Bréfritari: Sigríður Pálsdóttir
Viðtakandi: Páll Pálsson
Dagsetning: A-1864-04-19
Skrifað á: Breiðabólsstað  Rang.
Páll var bróðir Sigríðar

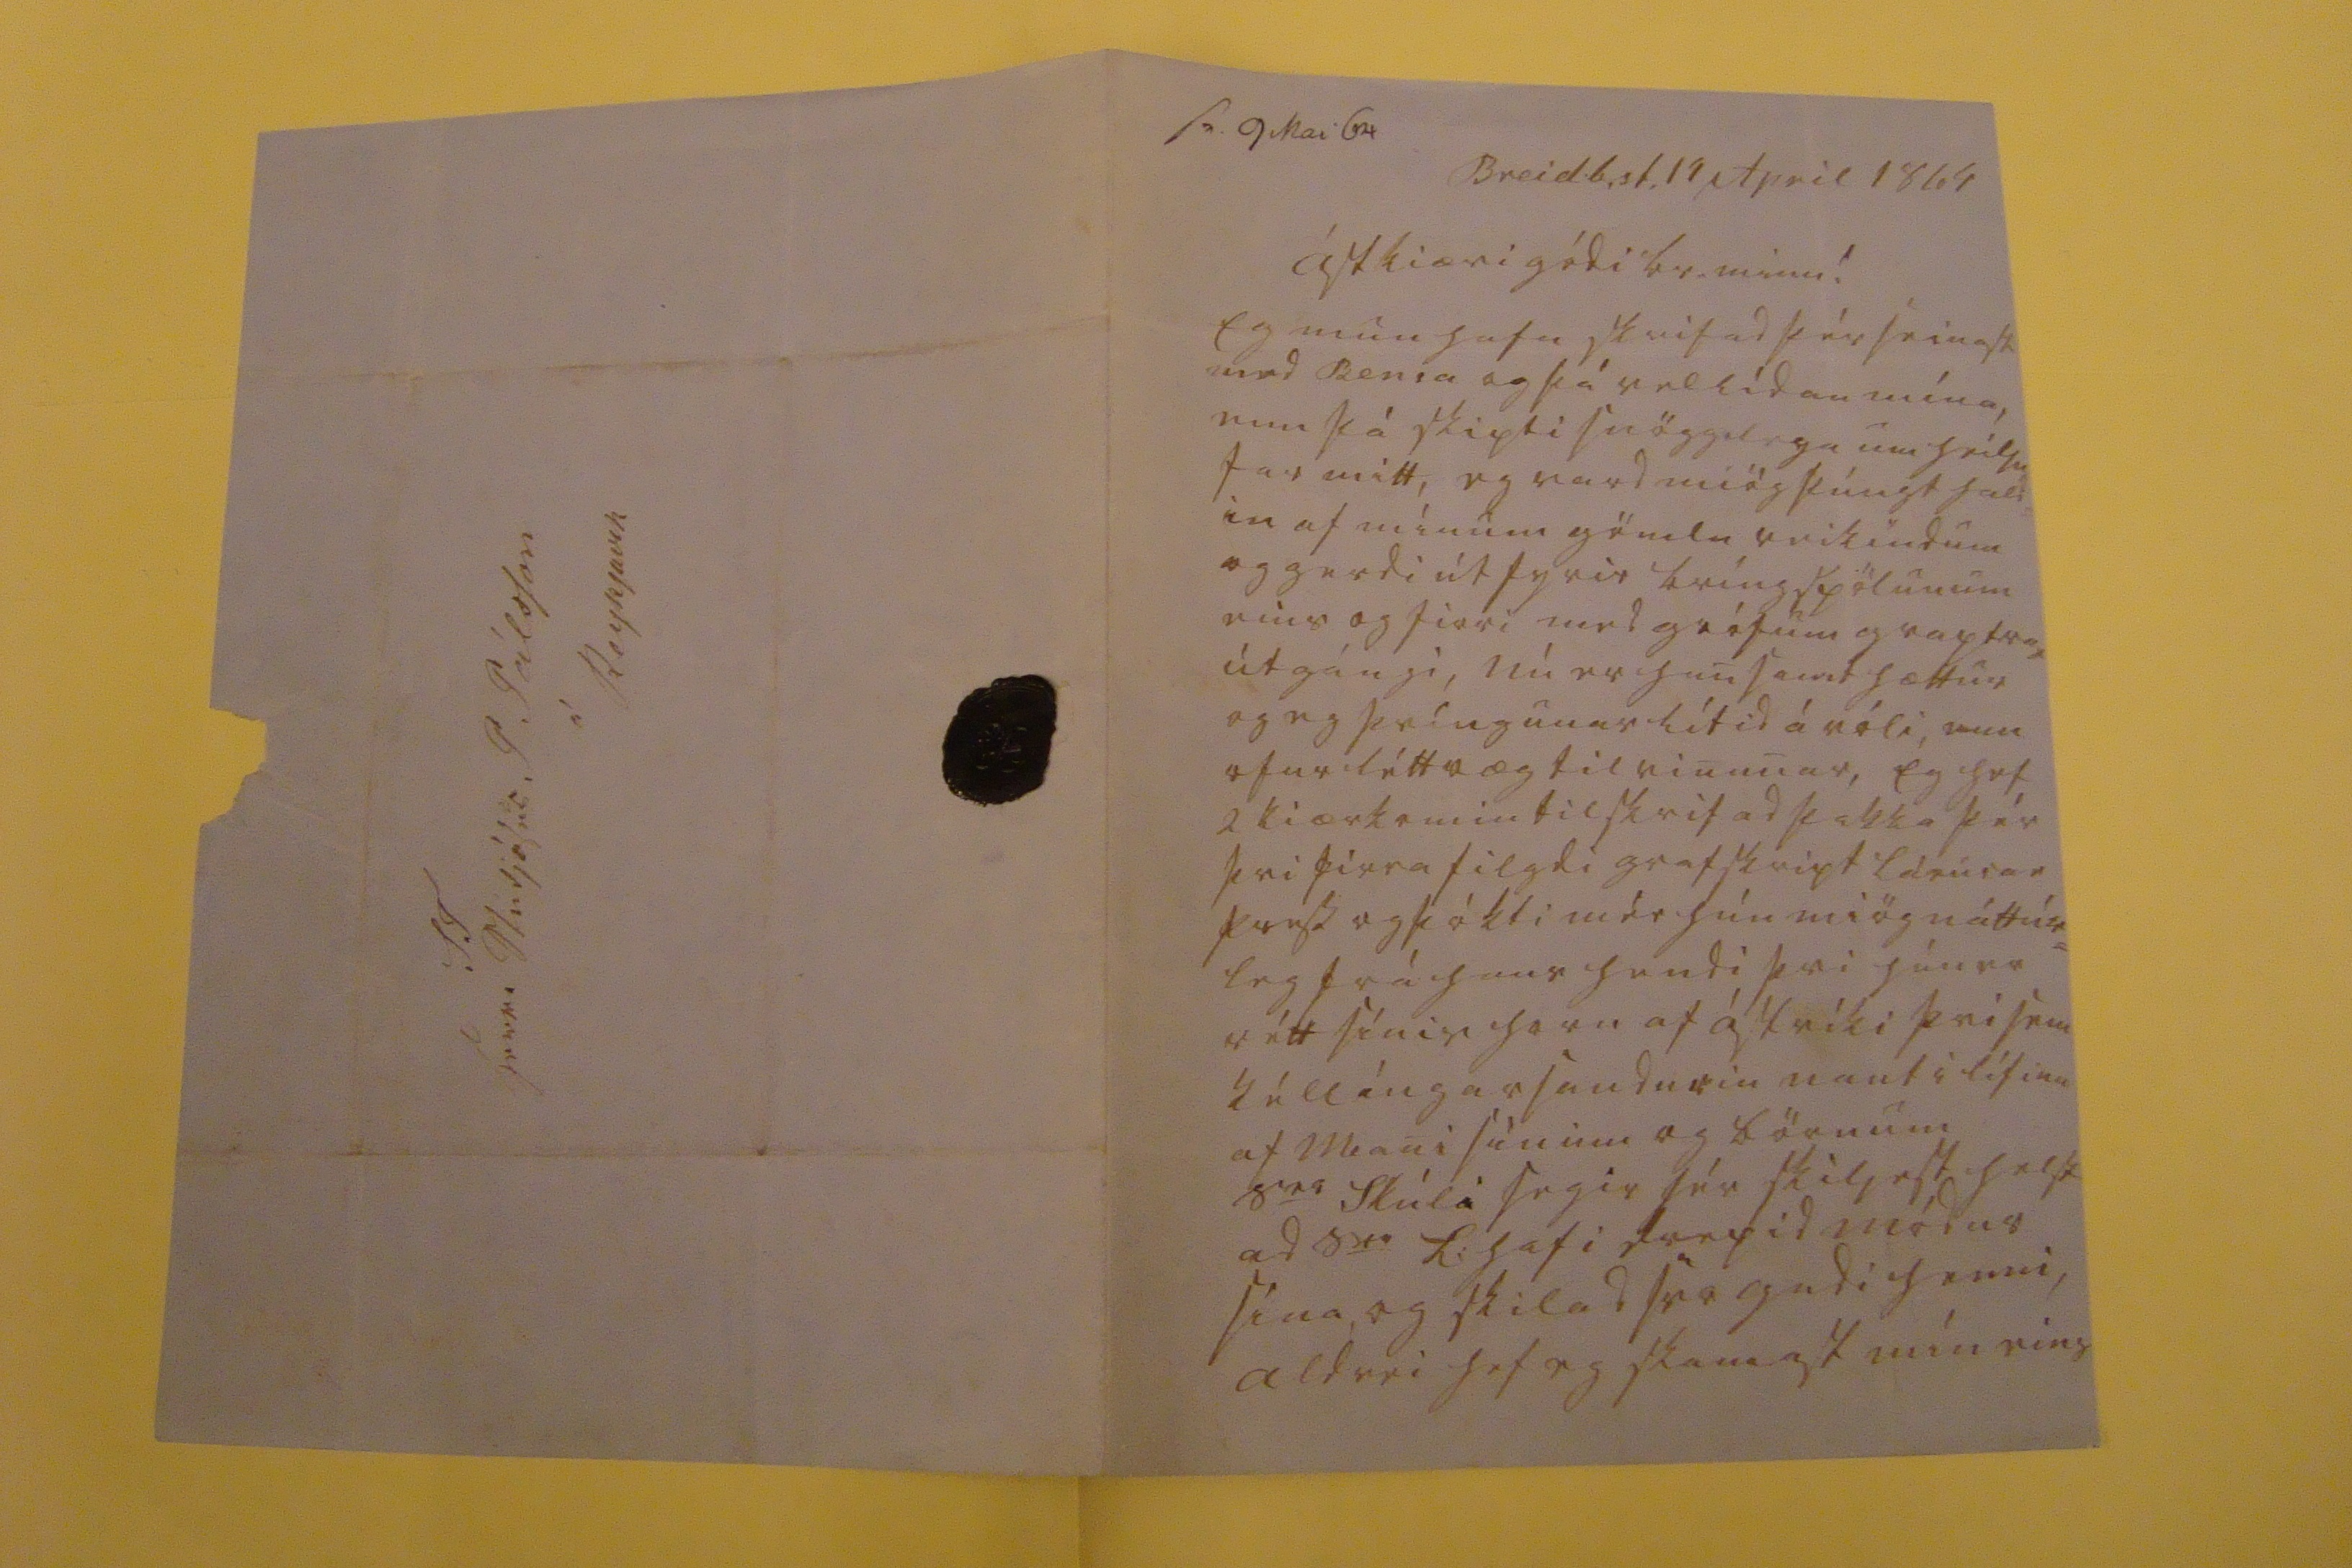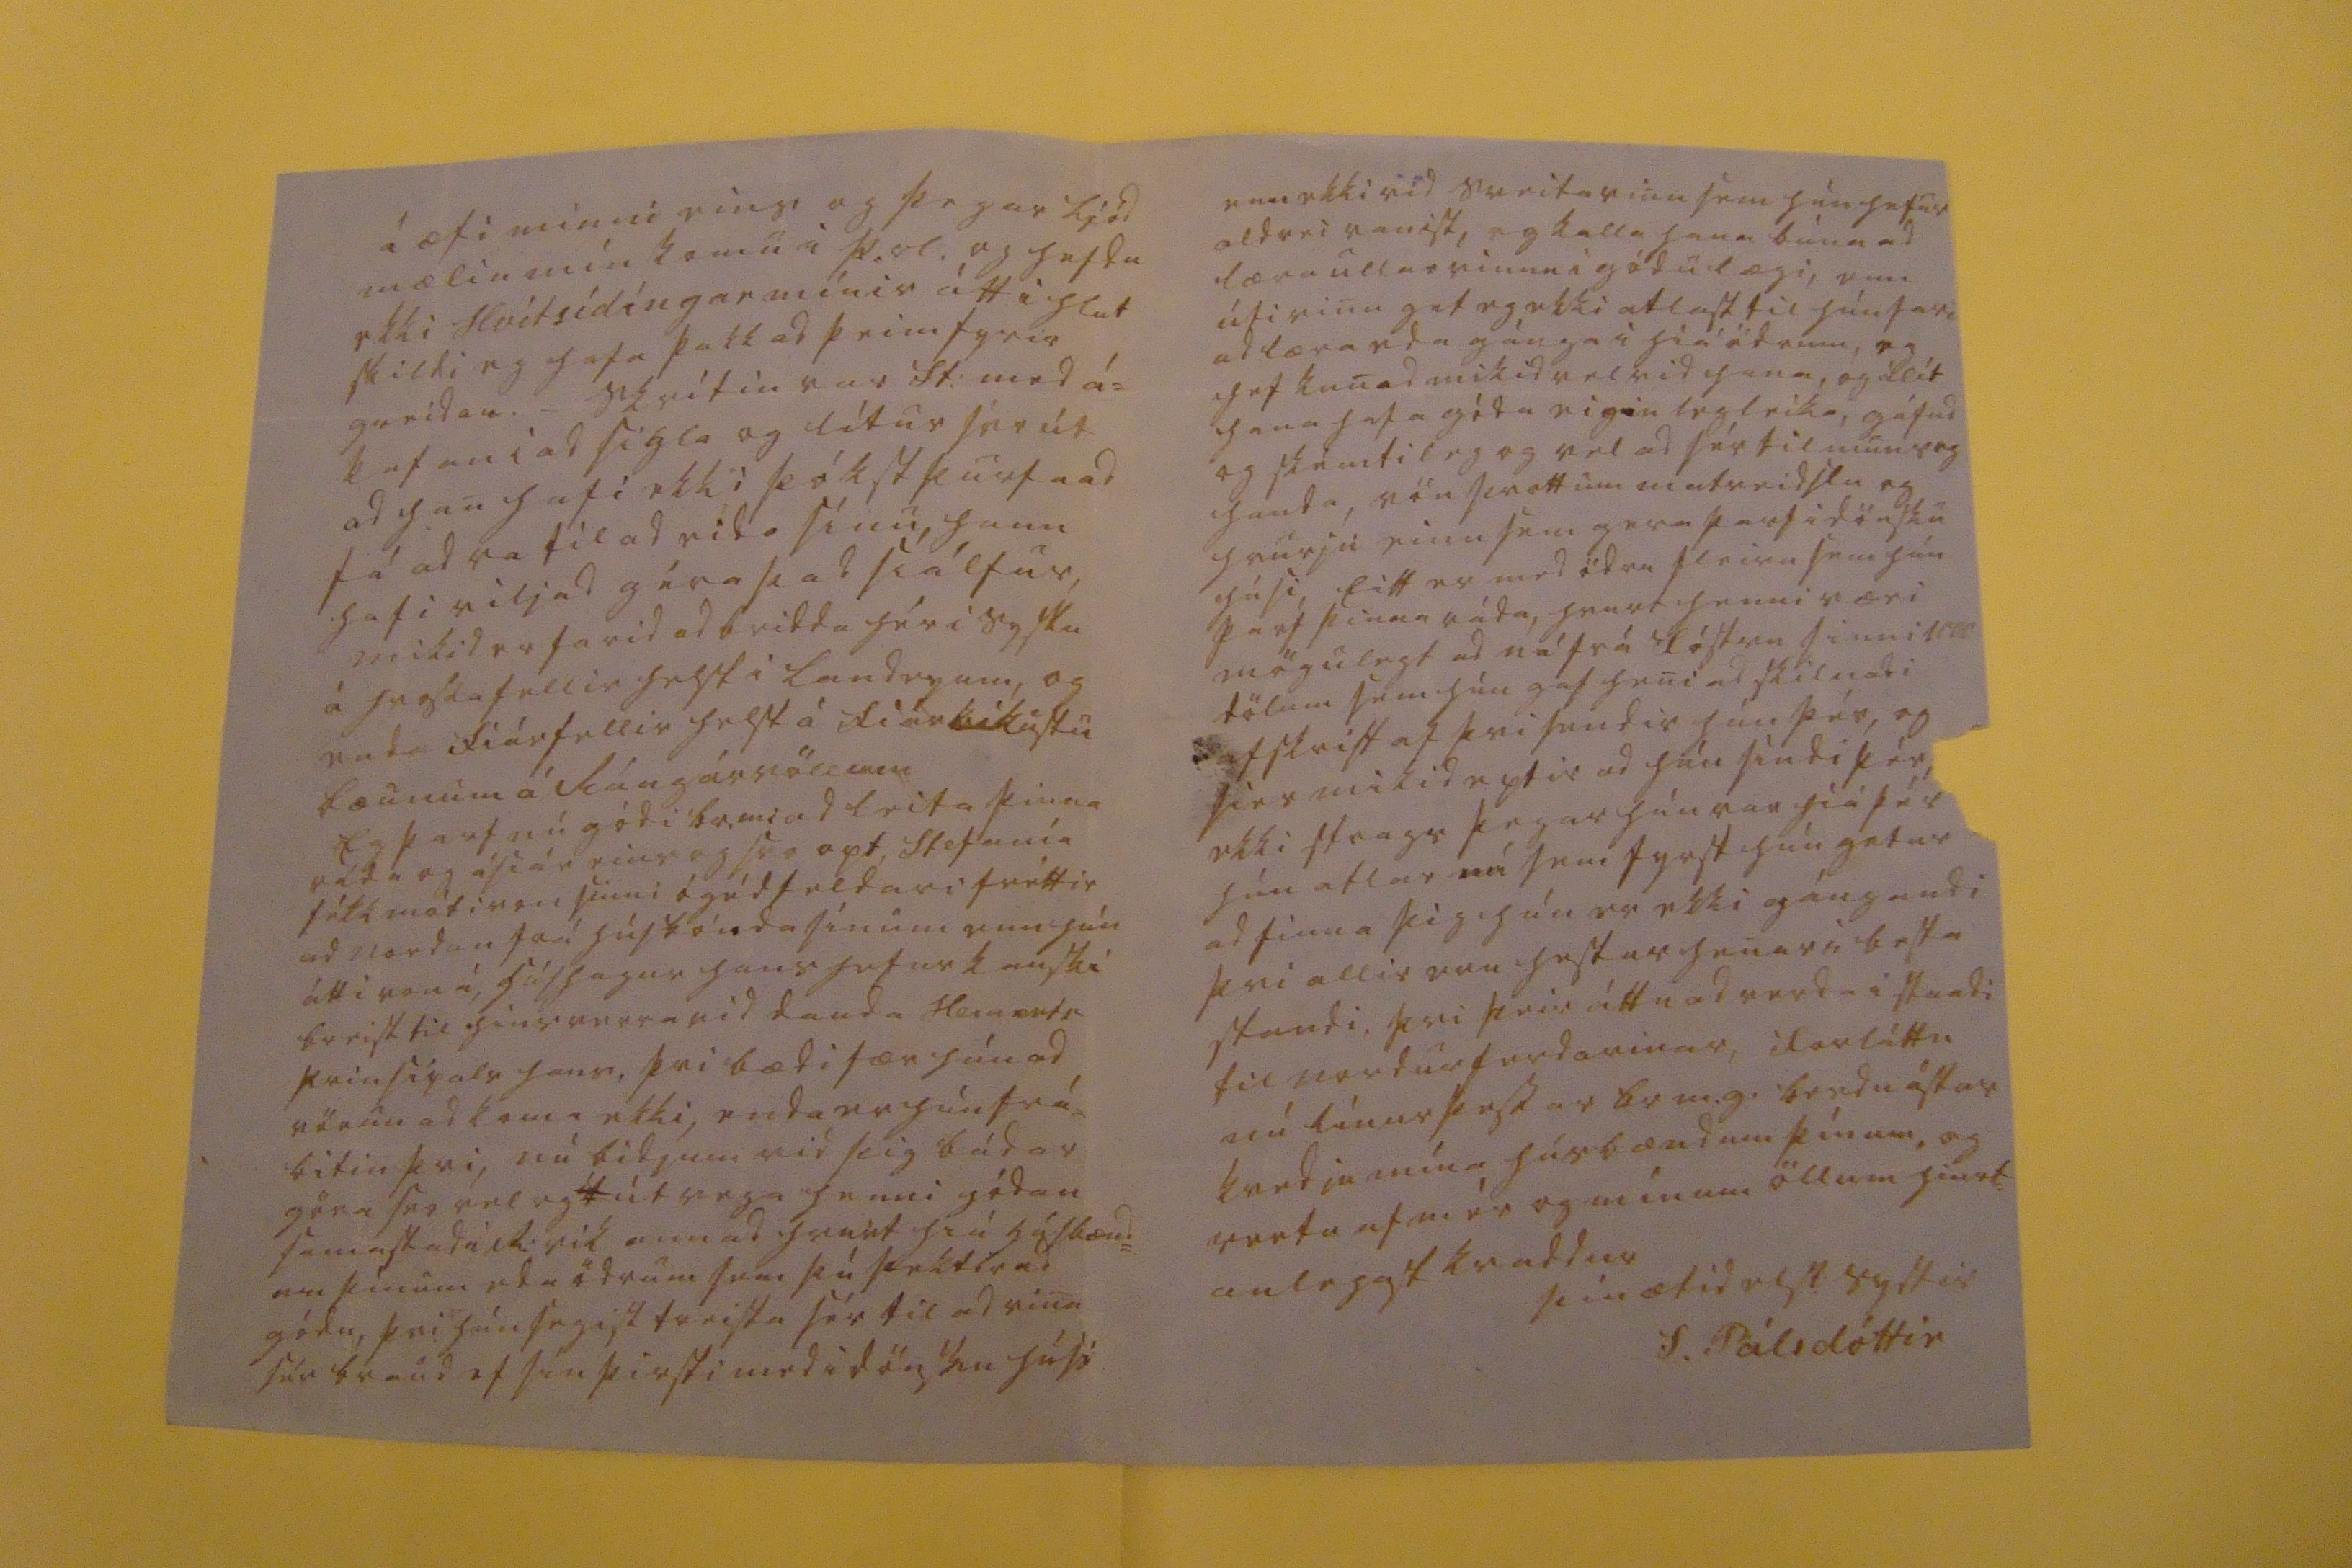

sv. 9 Mai 64
Breid.b.st. 19 April 1864
ástiæri gódi br. minn!
Eg mun hafa skrifad þér seinast med Bensa og þá vellídan mína, enn þá skipti snögglega um heilsu far mitt, eg vard miög þúngt hald= in af mínum gömlu veikindum og gerdi út fyrir bríngspölunum eins og firri med grófum graptrar útgángi, nú er han samt hættur og eg þvíngunar lítid á róli, enn ofur léttvæg til vinunar, Eg hef 2 kiærkomin tilskrif ad þakka þér þvi firra filgdi grafskript
Lá0u0ar press
og þókti mér hún miög náttúr= leg frá hans hendi þvi hún er rétt sínis horn af ástríki þvi sem kéllíngarsnudurin naut i lífinu af mani sínum og börnum s
er
Skúli segir hér skiljast helst ad s
00
L: hafi drepid módur sína og skilad svo gudi henni, aldrei hef eg skamast mín eins
á æfi minni eins og þegar ljód mælin mín komu á Þ.d. og hefdu ekki Hvítsídíngar mínir átt i hlut skildi eg hafa þakkad þeim fyrir greidan._ skrítin var St: med á= kafan i ad sigla og lítur svo út ad han hafi ekki þókst þurfa ad fá adra til ad rida sínu, hann hafi viljad géra þad siálfur, mikid er farid ad bridda hér i syslu á
hvoslafellir
helst á fiárríkustu bæunum á Rángárvöllum Eg þarf nú gódi br.m: ad leita þinna ráda og áfiár eins og svo opt Stefanía fékk móti von sinni ógédfeldari fréttir ad nordan frá húsbónda sínum enn hún átti von á, húshagur hans hefur kanské breist til hins verra vid dauda
fl000ets
prinsipals hans, þvi bædi fær hún ad vörun ad koma ekki, enda er hún frá= bitin þvi, nú bidjum vid þig bádar göra svo vel og útvega henni gódan samastad i R:vík annad hvurt frá húsbænd= um þínum eda ödrum sem þú þekkir ad gódu, þvi hún segist treista sér til ad vina sér braud ef hún þirfti med i dönsku húsi
enn ekki vid sveitavinu sem hún hefur aldrei vanist, eg kalla hana búna ad læra ullarvinnu i gódu lægi, enn útivinu get eg ekki atlast til hún fari ad læra eda gánga i hiá ödrum, eg hef kunad mikid vel vid hana, og álít hana hafa góda eiginlegleika, gáfud og skémtileg og vel ad sér til mun
leg
handa, vön þvottum matreidslu og hvurju einu sem gera þarf i dönsku húsi, Eitt er med ödru fleiru sem hún þarf þinna ráda, hvurt henni væri mögulegt ad ná frá fóstru sinni 1000 dölum sem hún gaf heni ad skilnadi afskrift af þvi sendir hún þér, og sier mikid eptir ad hún síndi þér, ekki strags þegar hún var hiá þér hún atlar nú sem fyrst hún getur ad finna þig hún er ekki gángandi þvi allir eru hestar henar i besta standi, þvi þeir áttu ad verda i standi til nordurferdarinar, forláttu nú línur þessar br m.g. berdu ástar kvedju mína húsbændum þínum, og vertu af mér og mínum öllum hiart= anlegast kvaddur
þín ætíd elsk systir
S. Pálsdóttir
S T herra Studjósus P Pálsson á Reykjavik